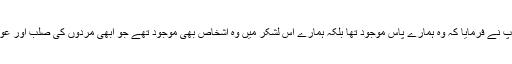
اس نے کہا کہ ہاں ، تو آپ نے فرمایا کہ وہ ہمارے پاس موجود تھا بلکہ ہمارے اس لشکر میں وہ اشخاص بھی موجود تھے جو ابھی مردوں کی صلب اور عورتوں کے شکم میں ہیں ۔